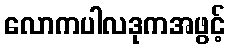
လောကပါလဒုကအဖွင့်